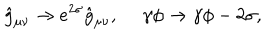
\hat { g } _ { \mu \nu } \to e ^ { 2 \sigma } \hat { g } _ { \mu \nu } , \ \gamma \phi \to \gamma \phi - 2 \sigma ,